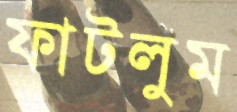
ফাটলুম